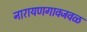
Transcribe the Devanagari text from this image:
नारायणगावजवळ